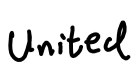
Text: United
Cross-out: clean
Writing tool: digital_black